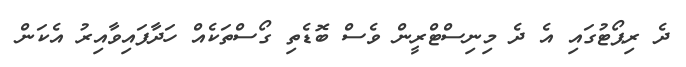
ދެ ރިޕޯޓުގައި އެ ދެ މިނިސްޓްރީން ވެސް ބޮޑެތި ގޯސްތަކެއް ހަދާފައިވާއިރު އެކަން